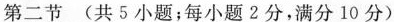
第二节 (共 5 小题;每小题 2分,满分10 分)